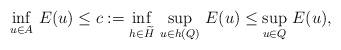
LaTeX: \begin{align*} \inf_{u \in A}\, E(u) \le c := \inf_{h \in \widetilde{H}}\, \sup_{u \in h(Q)}\, E(u) \le \sup_{u \in Q}\, E(u),\end{align*}